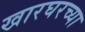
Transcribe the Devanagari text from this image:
खारघरच्या